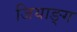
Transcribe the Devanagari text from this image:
जियाङ्ग